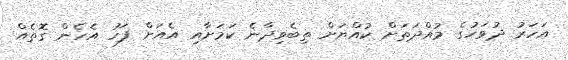
އަހަރު ދުވަހުގެ މުއްދަތަށް ކުއްޔަށް ތިބެވިދާނެ ކަމަށާއި އެއަށް ފަހު އެހެން ގޮތެއް